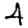
Digit: 4